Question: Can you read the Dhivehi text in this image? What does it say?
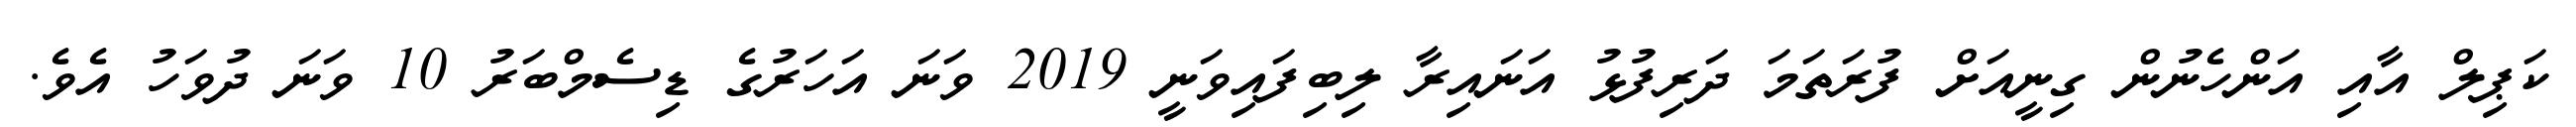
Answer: ކަޕިލް އާއި އަންހެނުން ގިނީއަށް ފުރަތަމަ ދަރިފުޅު އަނައިރާ ލިބިފައިވަނީ 2019 ވަނަ އަހަރުގެ ޑިސެމްބަރު 10 ވަނަ ދުވަހު އެވެ.